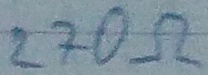
Text: 270Ω